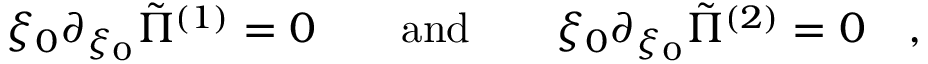
\xi _ { 0 } \partial _ { \xi _ { 0 } } \tilde { \Pi } ^ { ( 1 ) } = 0 \qquad \mathrm { a n d } \qquad \xi _ { 0 } \partial _ { \xi _ { 0 } } \tilde { \Pi } ^ { ( 2 ) } = 0 \quad ,